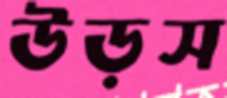
উড়স